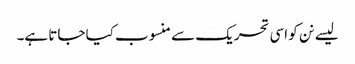
لیسے نن کو اسی تحریک سے منسوب کیا جاتا ہے۔